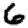
Digit: 6